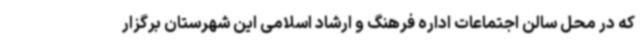
که در محل سالن اجتماعات اداره فرهنگ و ارشاد اسلامی این شهرستان برگزار